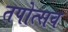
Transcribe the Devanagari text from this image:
तपोत्सव